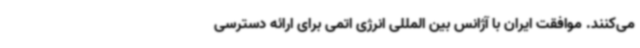
می‌کنند. موافقت ایران با آژانس بین المللی انرژی اتمی برای ارائه دسترسی